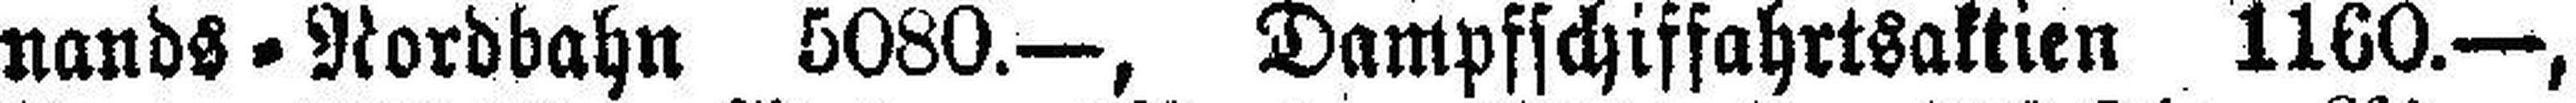
nands = Nordbahn 5080.—, Dampfschiffahrtsaktien 1160.—,